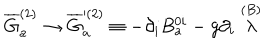
LaTeX: \overline { { { G } } } _ { a } ^ { ( 2 ) } \rightarrow \overline { { { G } } } _ { a } ^ { \prime ( 2 ) } \equiv - \partial _ { i } B _ { a } ^ { 0 i } - g \partial _ { i } \stackrel { ( B ) } { \lambda }